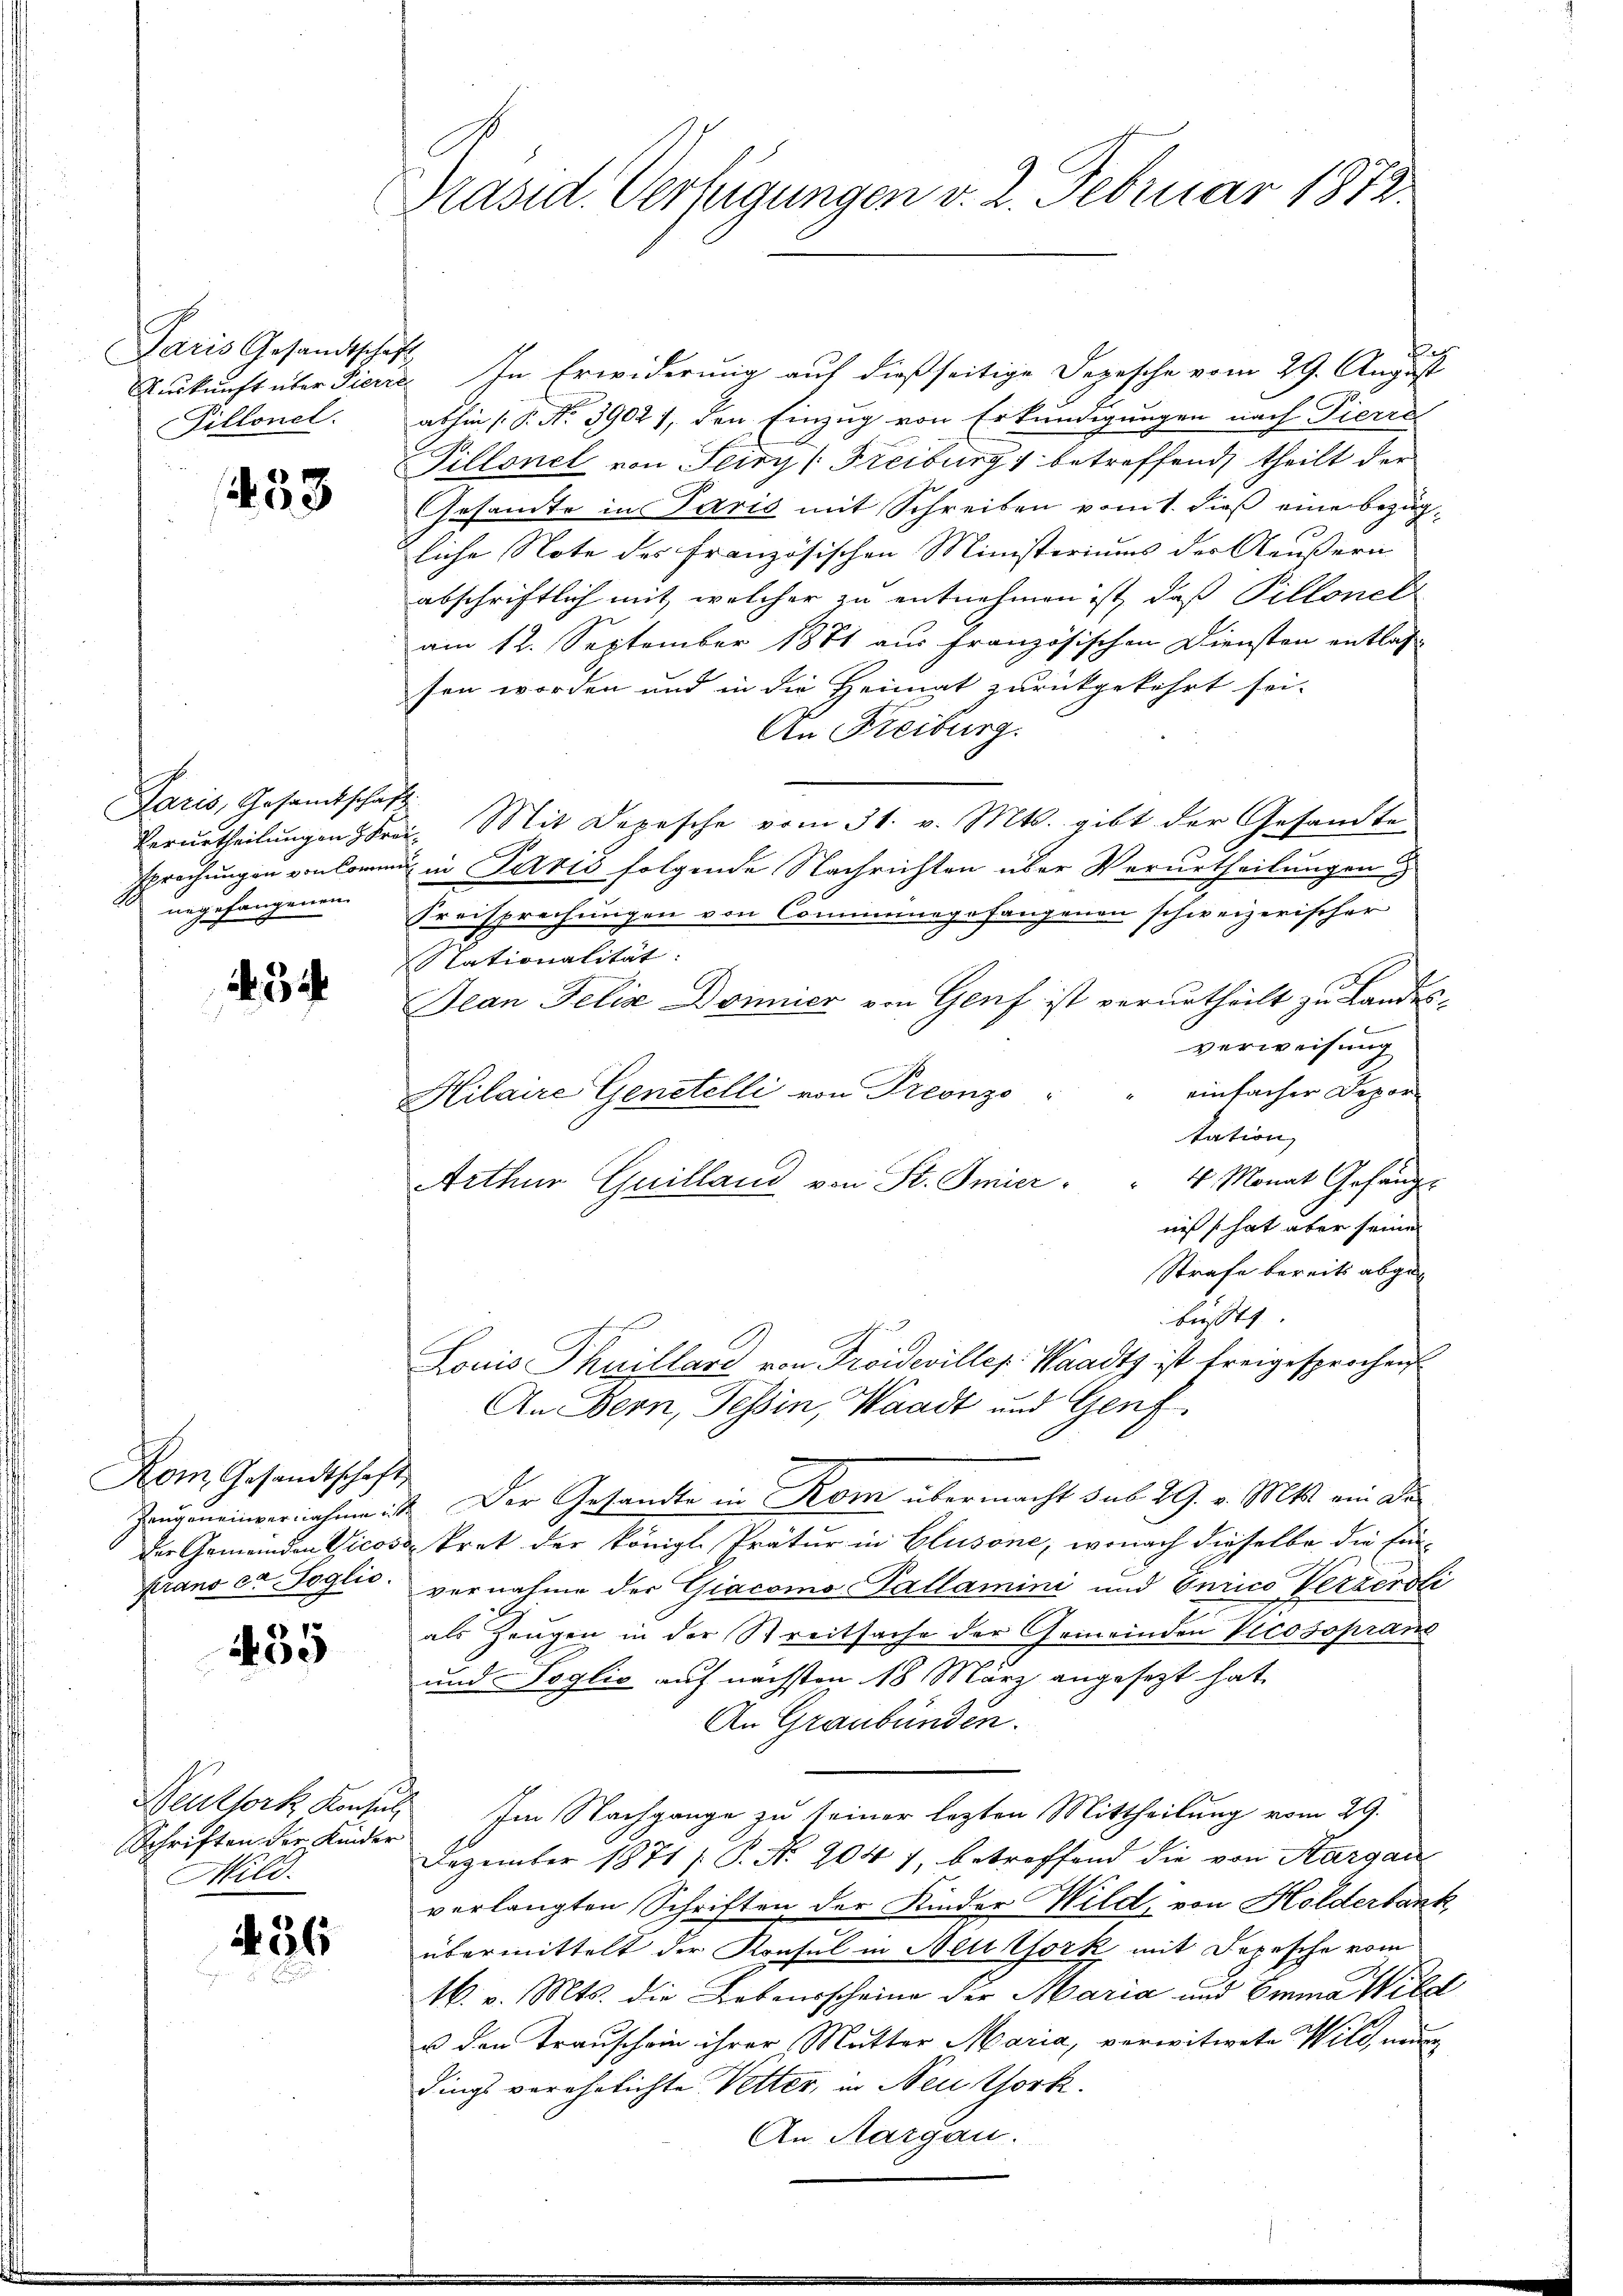
Paris Gesandtschaft
Fillonel.

453

Paris, Gesamtschaft
angefangenen

3

Kom Gesandtschaft
frano ex Soglio.

455

Neutfork Konsul
Schriften der Kinder
Nole

436

Präsid. Verteigungen v. 2. Februar 1872.

et
Auskunft über Pierre. In Erwiderung auf dießseitige Depesche vom 29. August
abhin (: No 3902), den Einzug von Erkundigungen nach Pierre
Dillonel von Teiry (Freiburg betreffend theilt der
Gesamte in Paris mit Schreiben vom 1. dieß eine bezügliche Note des französischen Ministeriums der Aeußern
abschriftlich mit, welcher zu entnehmen ist, daß Pillonel
am 12. September 1871 aus französischen Diensten entlass
sen worden und in die Heimat zurückgekehrt sei.
An Freiburg.
Verurtheilungen 3 Fr. Mit Depesche vom 31. v. Mts. gibt der Gesandte
spröchungen von kommen in Paris folgende Nachrichten über Verurtheilungen
Kreisprechungen von Commungefangenen schweizerischer
Nationalität:
Jean Felix Dönnier von Genf ist verurtheilt zu Landes-
verweisung
einfacher Depor¬
Hilaire Genstelli von Preonzo
tation
Arthur Guilland von St. Smier " " 4 Monat Gefäng-
niß hat aber seine
Strafe bereits abgebüsst
ff
Louis Thuillare von Troideviller. Waadt ist freigesprochen
An Bern, Tessin, Waadt und Genf
Zeugeneinvernahme ist. Der Gesandte in Rom übermacht sub 29. v. Mts. ein Deder Gemeinden Vicosa kret der königl. Prätur in Glusone, wonach dieselbe die Ein-
vernahme der Giacomo Tallamini und Curico Verzerdli
als Zeugen in der Streitsache der Gemeinden Vicosoprand
und Voglio auf nächsten 18 März angesezt hat,
An Graubünden.
Im Nachgange zu seiner letzten Mittheilung vom 29.
Dezember 1871 s P. Nr. 204 7, betreffend die von Sargau
verlangten Schriften der Kinder Wild, von Holderbank
übermittelt der Konsul in Nettfork mit Depesche vom
16. v. Mts. die Lebensscheine der Maria und Emma Wild
u den Trauschein ihrer Mutter Maria, verwitwete Wild na
dings verehelichte Vetter, in Neuthork.
An Aargau.